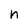
Character: n